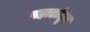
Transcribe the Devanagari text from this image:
पहाडांतून